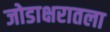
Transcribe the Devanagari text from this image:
जोडाक्षरातला